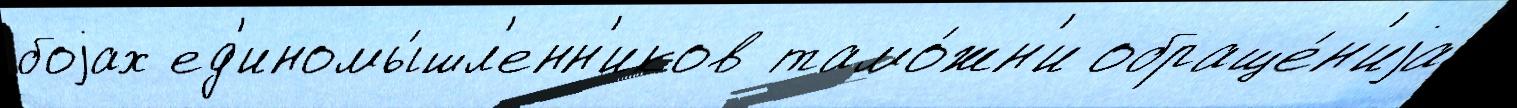
боjах ед'иномы́шл'енн'иков тамо́жн'и обраще́н'иjа